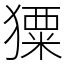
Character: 𤢂